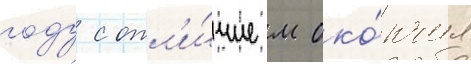
году с отл'и́чием око́нчил